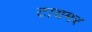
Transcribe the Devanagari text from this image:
टायमर